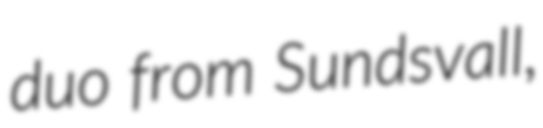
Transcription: duo from Sundsvall,